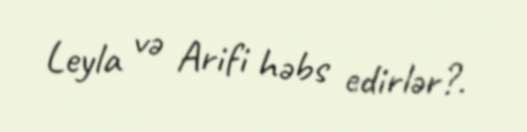
Leyla və Arifi həbs edirlər?.